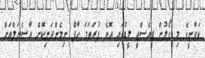
ކަވާނީގެ މި ގޯލުން ޕީއެސްޖީ ލީޑުގައި އޮވެ ފުރަތަމަ ހާފް ނިމެންދަނިކޮށް އާސެނަލްއަށް